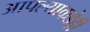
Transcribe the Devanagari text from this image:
आपल्याकडेही